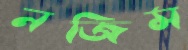
নজিম